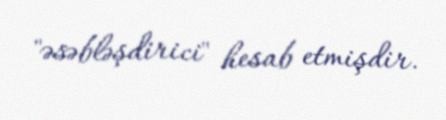
"əsəbləşdirici" hesab etmişdir.